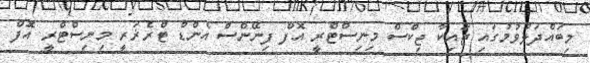
މިބައްދަލުވުމުގައި ޖައިކާ ޖިކްސް މިނިސްޓްރީ އޮފް ފިނޭންސް އެންޑް ޓްރެޜަރީ މިނިސްޓްރީ އޮފް